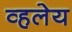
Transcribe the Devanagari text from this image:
व्हलेय